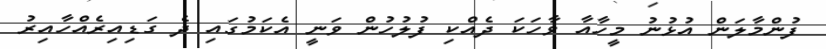
ފުންމާލަން އުޅުނު މީހާއާ ވާހަކަ ދެއްކި ފުލުހުން ވަނީ އެކަމުގައި ދެ ގަޑިއިރެއްހާއިރު